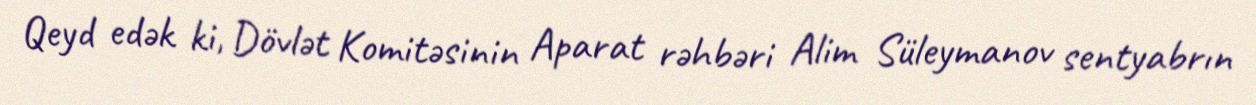
Qeyd edək ki, Dövlət Komitəsinin Aparat rəhbəri Alim Süleymanov sentyabrın